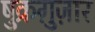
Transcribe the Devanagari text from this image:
षुक्रग़ुज़ार